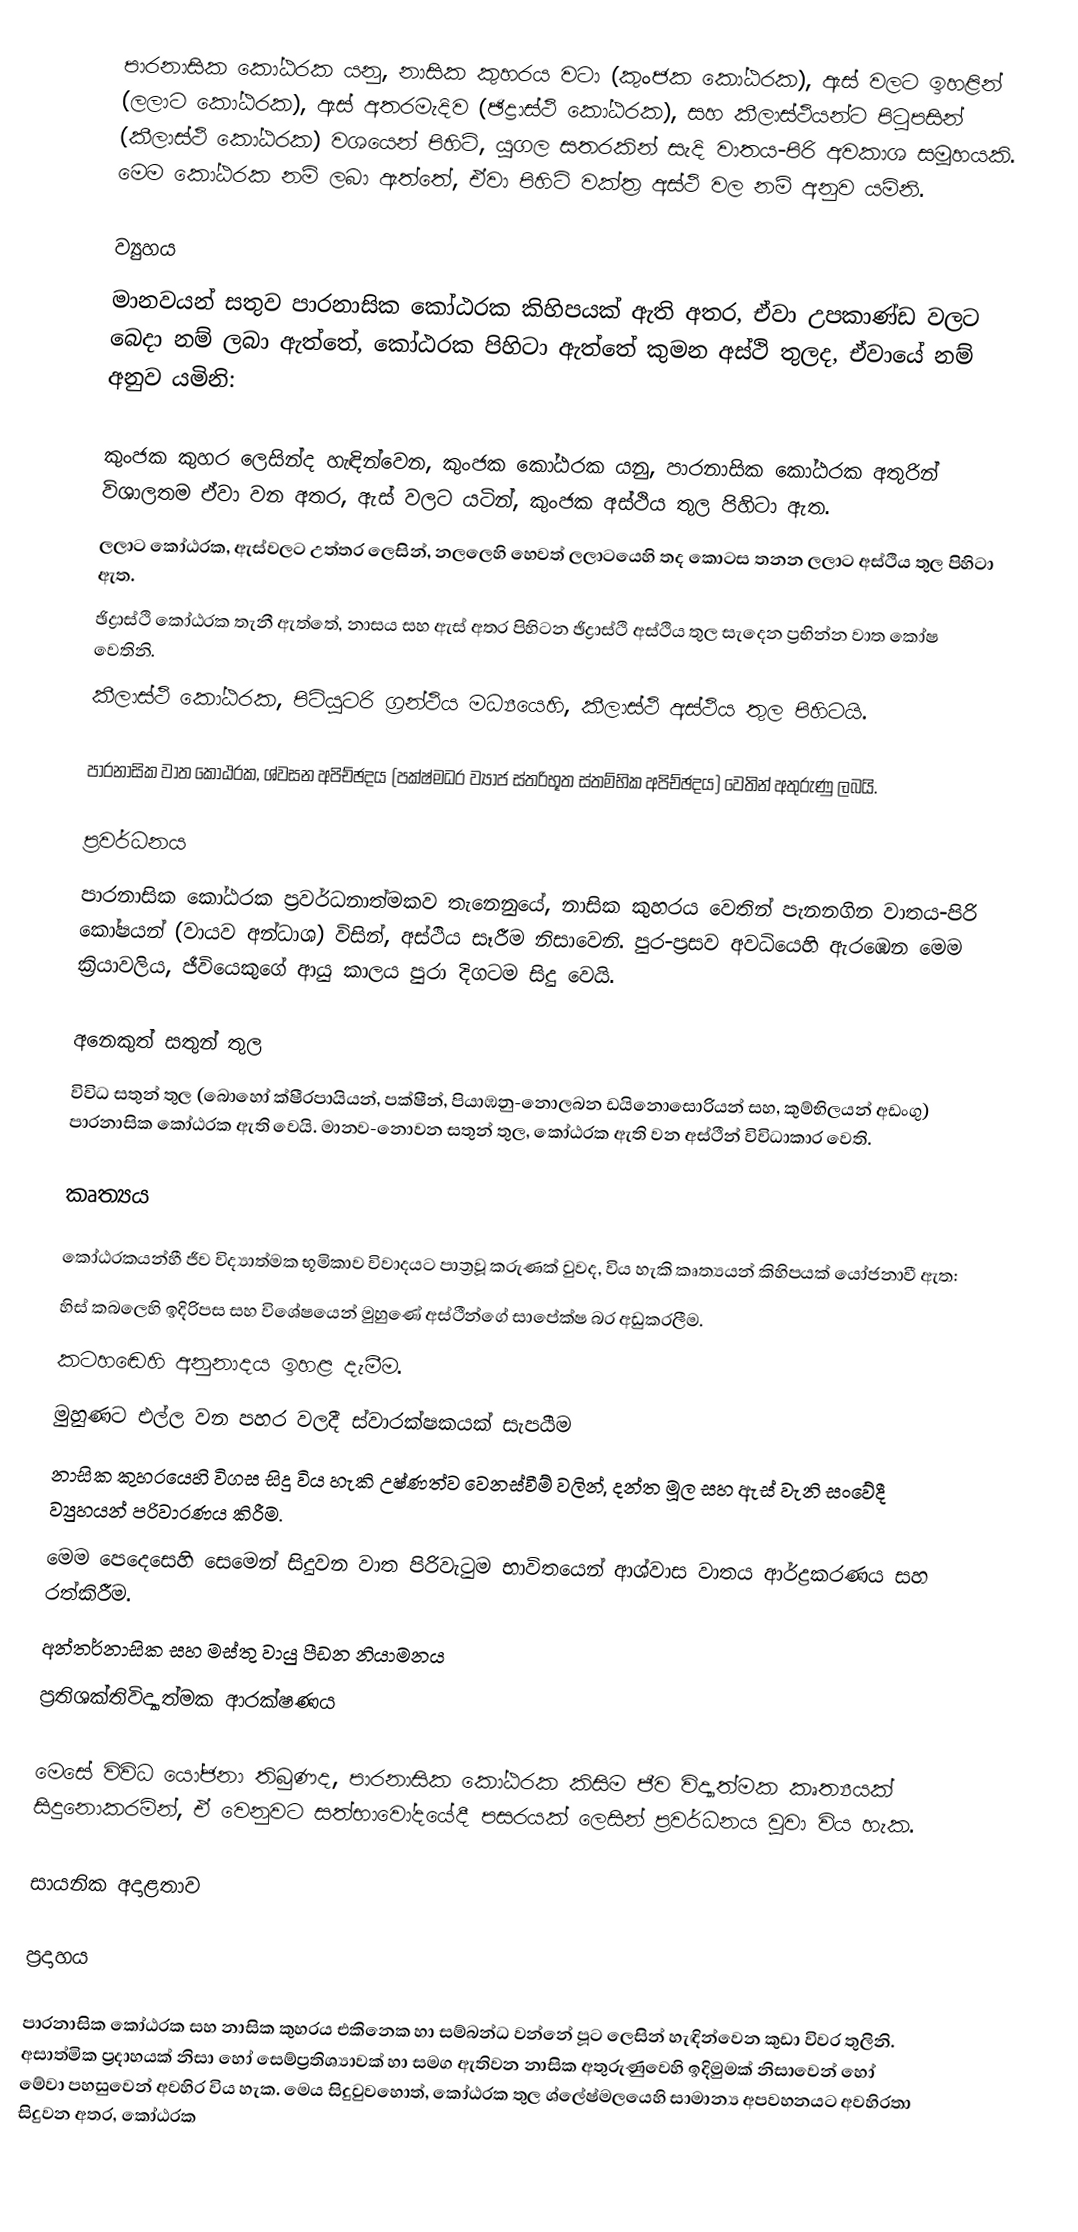
පාරනාසික කෝඨරක  යනු, නාසික කුහරය වටා (කුංජක කෝඨරක), ඇස් වලට ඉහළින් (ලලාට කෝඨරක), ඇස් අතරමැදිව (ඡිද්‍රාස්ථි කෝඨරක), සහ කීලාස්ථියන්ට පිටුපසින් (කීලාස්ථි කෝඨරක) වශයෙන් පිහිටි, යුගල සතරකින් සැදි වාතය-පිරි අවකාශ  සමූහයකි. මෙම කෝඨරක නම් ලබා ඇත්තේ, ඒවා පිහිටි වක්ත්‍ර අස්ථි වල නම් අනුව යමිනි.

ව්‍යුහය
මානවයන් සතුව පාරනාසික කෝඨරක කිහිපයක් ඇති අතර, ඒවා උපකාණ්ඩ වලට බෙදා නම් ලබා ඇත්තේ, කෝඨරක පිහිටා ඇත්තේ කුමන  අස්ථි තුලද, ඒවායේ නම් අනුව යමිනි:

 කුංජක කුහර ලෙසින්ද හැඳින්වෙන,  කුංජක කෝඨරක යනු, පාරනාසික කෝඨරක අතුරින් විශාලතම ඒවා වන අතර, ඇස් වලට යටින්, කුංජක අස්ථිය තුල පිහිටා ඇත.
 ලලාට කෝඨරක, ඇස්වලට උත්තර ලෙසින්, නලලෙහි හෙවත් ලලාටයෙහි තද කොටස තනන ලලාට අස්ථිය තුල පිහිටා ඇත.
 ඡිද්‍රාස්ථි කෝඨරක තැනී ඇත්තේ, නාසය සහ ඇස් අතර පිහිටන  ඡිද්‍රාස්ථි අස්ථිය තුල සැදෙන ප්‍රභින්න වාත කෝෂ වෙතිනි.
 කීලාස්ථි කෝඨරක, පිටියුටරි ග්‍රන්ථිය මධ්‍යයෙහි, කීලාස්ථි අස්ථිය තුල පිහිටයි.

පාරනාසික වාත කෝඨරක, ශ්වසන අපිච්ඡදය (පක්ෂ්මධර ව්‍යාජ ස්තරිභූත ස්තම්භික අපිච්ඡදය) වෙතින් අතුරුණු ලබයි.

ප්‍රවර්ධනය
පාරනාසික කෝඨරක ප්‍රවර්ධනාත්මකව තැනෙනුයේ,  නාසික කුහරය වෙතින් පැනනගින වාතය-පිරි කෝෂයන් (වායව අන්ධාශ) විසින්, අස්ථිය සෑරීම නිසාවෙනි. පුර-ප්‍රසව අවධියෙහි ඇරඹෙන මෙම ක්‍රියාවලිය, ජීවියෙකුගේ ආයු කාලය පුරා දිගටම සිදු වෙයි.

අනෙකුත් සතුන් තුල
විවිධ සතුන් තුල  (බොහෝ ක්ෂීරපායියන්, පක්ෂීන්, පියාඹනු-නොලබන ඩයිනොසොරියන් සහ, කුම්භිලයන් අඩංගු) පාරනාසික කෝඨරක ඇති වෙයි. මානව-නොවන සතුන් තුල, කෝඨරක ඇති වන අස්ථීන් විවිධාකාර වෙති.

කෘත්‍යය

කෝඨරකයන්හී ජීව විද්‍යාත්මක භූමිකාව විවාදයට පාත්‍රවූ කරුණක් වුවද, විය හැකි කෘත්‍යයන් කිහිපයක් යෝජනාවී ඇත:
 හිස් කබලෙහි ඉදිරිපස  සහ විශේෂයෙන් මුහුණේ අස්ථීන්ගේ සාපේක්ෂ බර අඩුකරලීම.
 කටහඬෙහි අනුනාදය ඉහළ දැමීම.
 මුහුණට එල්ල වන පහර වලදී ස්වාරක්ෂකයක් සැපයීම
 නාසික කුහරයෙහි විගස සිදු විය හැකි උෂ්ණත්ව වෙනස්වීම් වලින්, දන්ත මූල සහ ඇස් වැනි සංවේදී ව්‍යුහයන් පරිවාරණය කිරීම.
 මෙම පෙදෙසෙහි  සෙමෙන් සිදුවන වාත පිරිවැටුම භාවිතයෙන් ආශ්වාස වාතය ආර්ද්‍රකරණය සහ රත්කිරීම.
 අන්තර්නාසික සහ මස්තු වායු පීඩන නියාමනය
 ප්‍රතිශක්තිවිද්‍යාත්මක ආරක්ෂණය

මෙසේ විවිධ යෝජනා තිබුණද, පාරනාසික කෝඨරක කිසිම ජීව විද්‍යාත්මක කෘත්‍යයක් සිදුනොකරමින්, ඒ වෙනුවට  සත්භාවෝදයේදී පසරයක් ලෙසින් ප්‍රවර්ධනය වූවා විය හැක.

සායනික අදාළතාව

ප්‍රදාහය

පාරනාසික කෝඨරක සහ නාසික කුහරය එකිනෙක හා සම්බන්ධ වන්නේ  පූට ලෙසින් හැඳින්වෙන කුඩා විවර තුලිනි. අසාත්මික ප්‍රදාහයක් නිසා හෝ සෙම්ප්‍රතිශ්‍යාවක් හා සමග ඇතිවන නාසික අතුරුණුවෙහි ඉදිමුමක් නිසාවෙන් හෝ මේවා පහසුවෙන් අවහිර විය හැක. මෙය සිදුවුවහොත්, කෝඨරක තුල ශ්ලේෂ්මලයෙහි සාමාන්‍ය අපවහනයට අවහිරතා  සිදුවන අතර, කෝඨරක